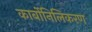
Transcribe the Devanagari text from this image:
कार्बोनिलिकरण